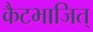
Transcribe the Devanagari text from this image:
कैटभाजित्